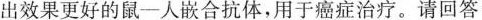
出效果更好的鼠一人嵌合抗体，用于癌症治疗。请回答